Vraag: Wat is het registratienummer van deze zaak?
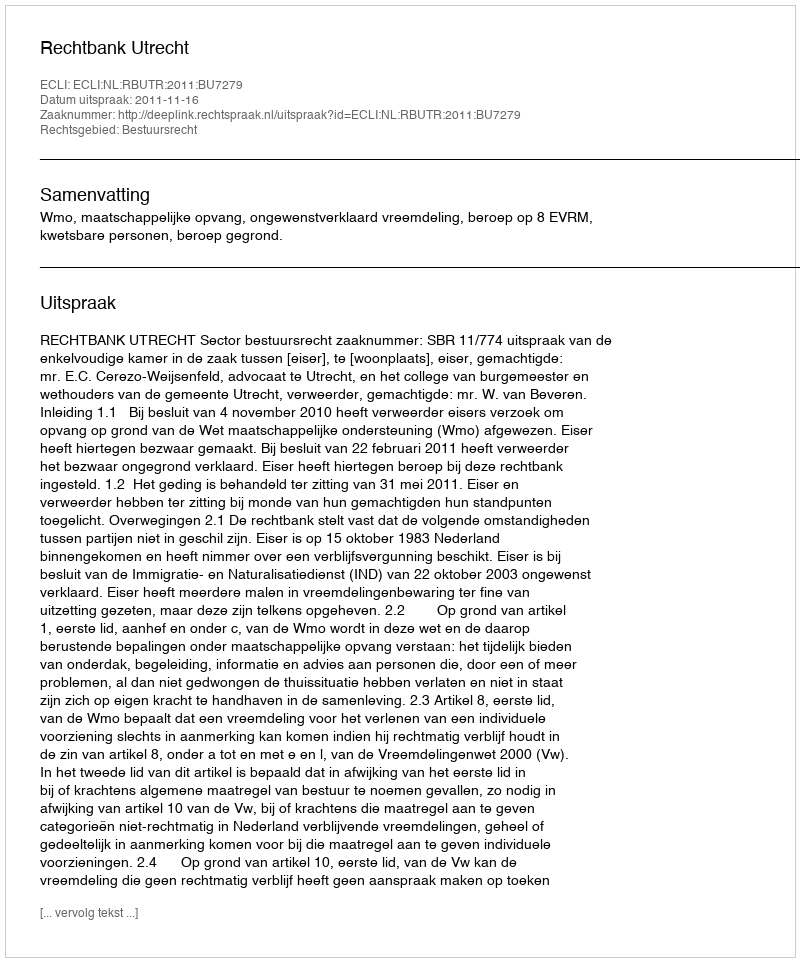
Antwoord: http://deeplink.rechtspraak.nl/uitspraak?id=ECLI:NL:RBUTR:2011:BU7279